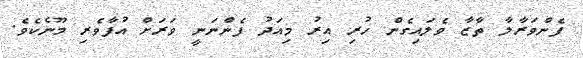
ފެންވަރާލާ ތާޒާ ވެލައިގެން ހުރި އިރު މިއަދު ފެންނަނީ ވަރަށް އުފާވެރި މޫނެކެވެ.